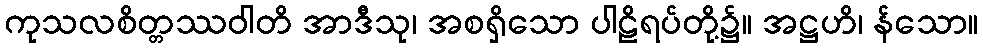
ကုသလစိတ္တဿဝါတိ အာဒီသု၊ အစရှိသော ပါဠိရပ်တို့၌။ အဋ္ဌဟိ၊ န်သော။